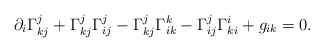
\begin{align*} \partial_i\Gamma^j_{kj}+\Gamma^j_{kj}\Gamma^j_{ij}-\Gamma^j_{kj}\Gamma^k_{ik}-\Gamma^j_{ij}\Gamma^i_{ki}+g_{ik}=0. \end{align*}